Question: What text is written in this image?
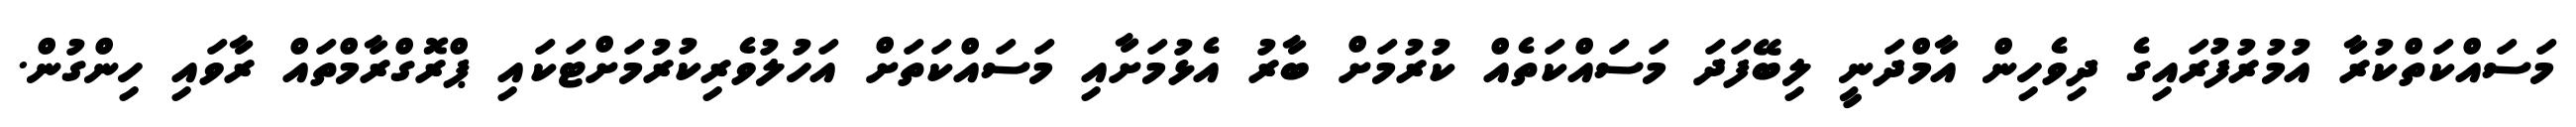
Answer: މަސައްކަތްކުރާ އުމުރުފުރައިގެ ދިވެހިން އާމްދަނީ ލިބޭފަދަ މަސައްކަތެއް ކުރުމަށް ބާރު އެޅުމަށާއި މަސައްކަތަށް އަހުލުވެރިކުރުމަށްޓަކައި ޕްރޮގްރާމްތައް ރާވައި ހިންގުން.